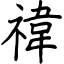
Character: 禕